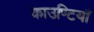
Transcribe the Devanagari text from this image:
काउण्टियाँ